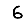
Digit: 6